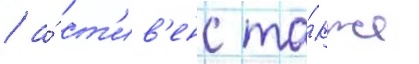
/ а́ ст'ив'енс та́кже